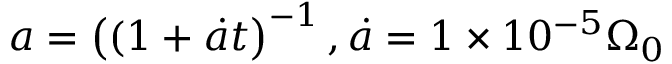
a = \left( ( 1 + \dot { a } t \right) ^ { - 1 } , \dot { a } = 1 \times 1 0 ^ { - 5 } \Omega _ { 0 }